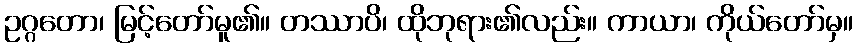
ဥဂ္ဂတော၊ မြင့်တော်မူ၏။ တဿာပိ၊ ထိုဘုရား၏လည်း။ ကာယာ၊ ကိုယ်တော်မှ။